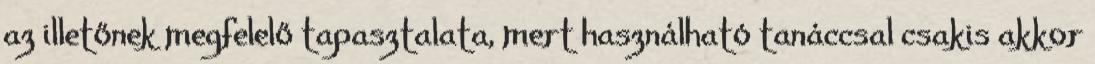
az illetőnek megfelelő tapasztalata, mert használható tanáccsal csakis akkor